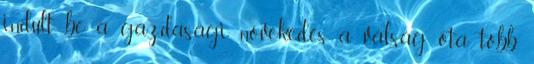
indult be a gazdasági növekedés a válság óta több